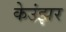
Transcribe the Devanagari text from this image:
केउंझर